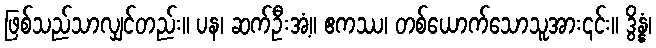
ဖြစ်သည်သာလျှင်တည်း။ ပန၊ ဆက်ဦးအံ့။ ဧကဿ၊ တစ်ယောက်သောသူအား၎င်း။ ဒွိန္နံ၊